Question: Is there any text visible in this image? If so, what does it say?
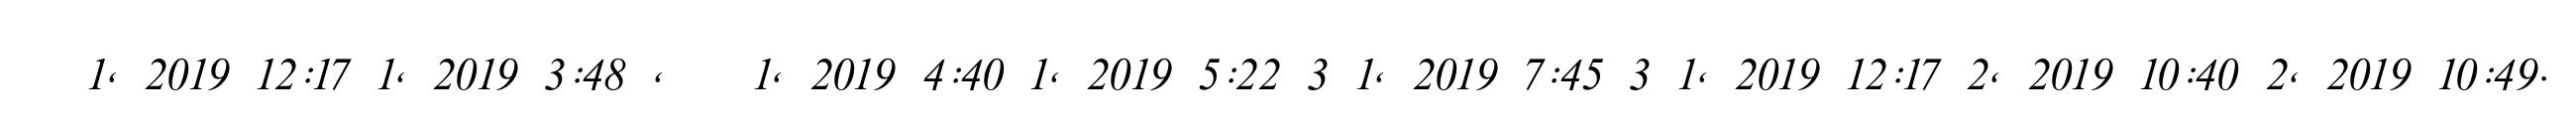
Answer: ?? 1, 2019 12:17 1, 2019 3:48 , ?? 1, 2019 4:40 1, 2019 5:22 3 1, 2019 7:45 3 1, 2019 12:17 2, 2019 10:40 2, 2019 10:49.